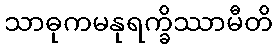
သာဓုကမနုရက္ခိဿာမီတိ